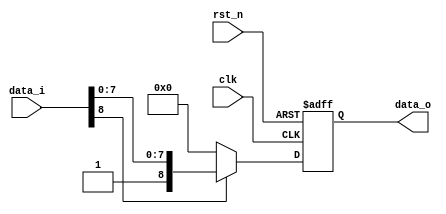
module fifo #( parameter FIFO_WIDTH = 8) (
   // Outputs
   data_o,
   // Inputs
   clk, rst_n, data_i
   ) ;
   input  clk;
   input  rst_n;

   input [FIFO_WIDTH:0]  data_i;
   output [FIFO_WIDTH:0]  data_o;

   reg [FIFO_WIDTH:0] data_o;
   wire en;
   assign en = data_i[FIFO_WIDTH];

   always @(posedge clk or negedge rst_n)begin
      if(!rst_n) begin
         data_o <= 'b0;
      end else begin
         if(en) begin
            data_o <= data_i;
         end else begin
            data_o <= 'b0;
         end
      end
   end

endmodule